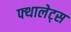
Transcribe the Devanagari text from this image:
फ्थालेट्स